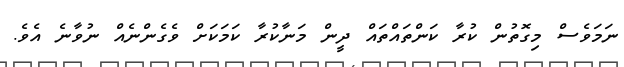
ނަމަވެސް މިގޮތުން ކުރާ ކަންތައްތައް ދީން މަނާކުރާ ކަމަކަށް ވެގެންނެއް ނުވާނެ އެވެ.